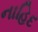
નાહિદ